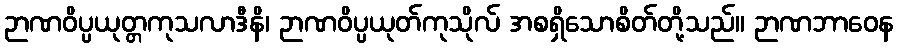
ဉာဏဝိပ္ပယုတ္တကုသလာဒီနိ၊ ဉာဏဝိပ္ပယုတ်ကုသိုလ် အစရှိသောစိတ်တို့သည်။ ဉာဏဘာဝေန